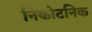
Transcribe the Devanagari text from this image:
निकोटनिक